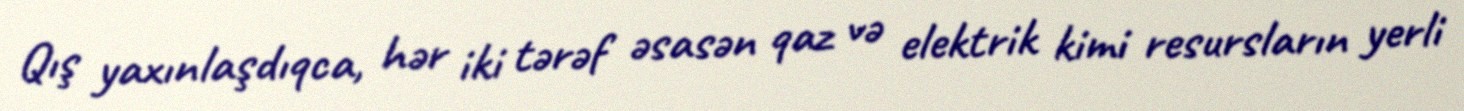
Qış yaxınlaşdıqca, hər iki tərəf əsasən qaz və elektrik kimi resursların yerli